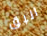
البق